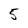
Character: 5